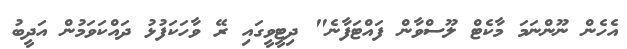
އެހެން ނޫންނަމަ މާކެޓް ލޫސްވާން ފައްޓަފާނެ" ދިޓީވީގައި ރޭ ވާހަކަފުޅު ދައްކަވަމުން އަދީބު